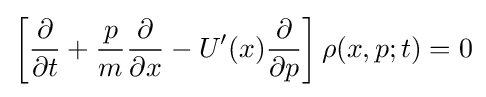
\left[{\frac {\partial }{\partial t}}+{\frac {p}{m}}{\frac {\partial }{\partial x}}-U'(x){\frac {\partial }{\partial p}}\right]\rho (x,p;t)=0